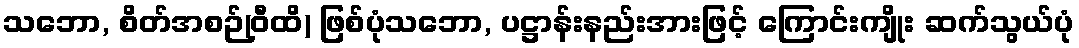
သဘော, စိတ်အစဉ်(ဝီထိ) ဖြစ်ပုံသဘော, ပဋ္ဌာန်းနည်းအားဖြင့် ကြောင်းကျိုး ဆက်သွယ်ပုံ